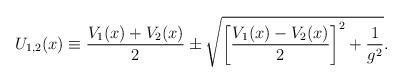
LaTeX: \begin{align*}U_{1,2}(x)\equiv{V_1(x)+V_2(x)\over2} \pm\sqrt{\left[{V_1(x)-V_2(x)\over2}\right]^2+{1\over g^2}}.\end{align*}